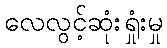
လေလွင့်ဆုံးရှုံးမှု